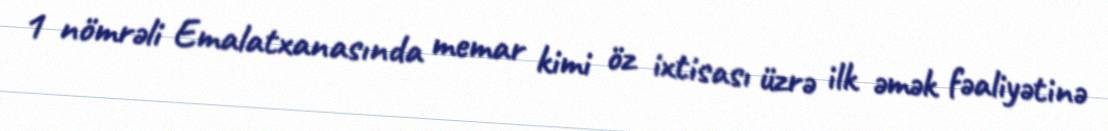
1 nömrəli Emalatxanasında memar kimi öz ixtisası üzrə ilk əmək fəaliyətinə